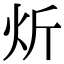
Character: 炘